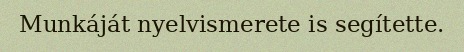
Munkáját nyelvismerete is segítette.